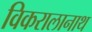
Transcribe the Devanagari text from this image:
विकरालानाथ